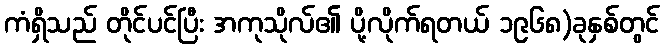
ကံရှိသည် တိုင်ပင်ပြီး အကုသိုလ်၏ ပို့လိုက်ရတယ် ၁၉၆၈)ခုနှစ်တွင်